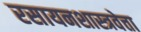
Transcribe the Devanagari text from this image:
रसायनशास्त्रवेत्ता